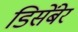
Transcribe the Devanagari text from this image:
डिसेंबेर